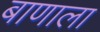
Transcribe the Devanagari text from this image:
बाणाला